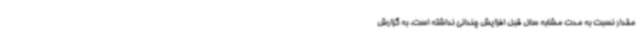
مقدار نسبت به مدت مشابه سال قبل افزایش چندانی نداشته است. به گزارش